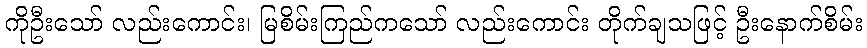
ကိုဦးသော် လည်းကောင်း၊ မြစိမ်းကြည်ကသော် လည်းကောင်း တိုက်ချသဖြင့် ဦးနောက်စိမ်း